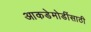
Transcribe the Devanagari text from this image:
आकडेमोडींसाठी